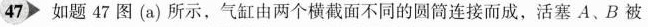
47 如题47图(a)所示，气缸由两个横截面不同的圆筒连接而成，活塞A、B被